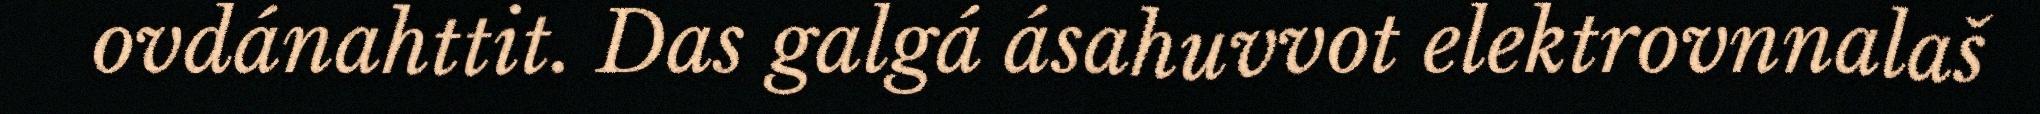
ovdánahttit. Das galgá ásahuvvot elektrovnnalaš